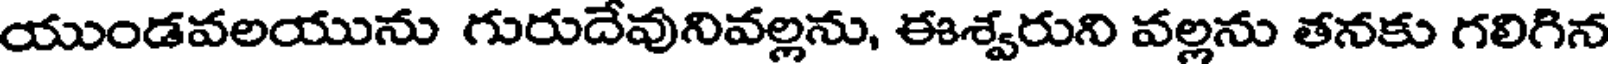
యుండవలయును గురుదేవునివల్లను, ఈశ్వరుని వల్లను తనకు గలిగిన